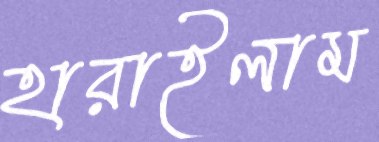
হারাইলাম